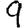
Digit: 9